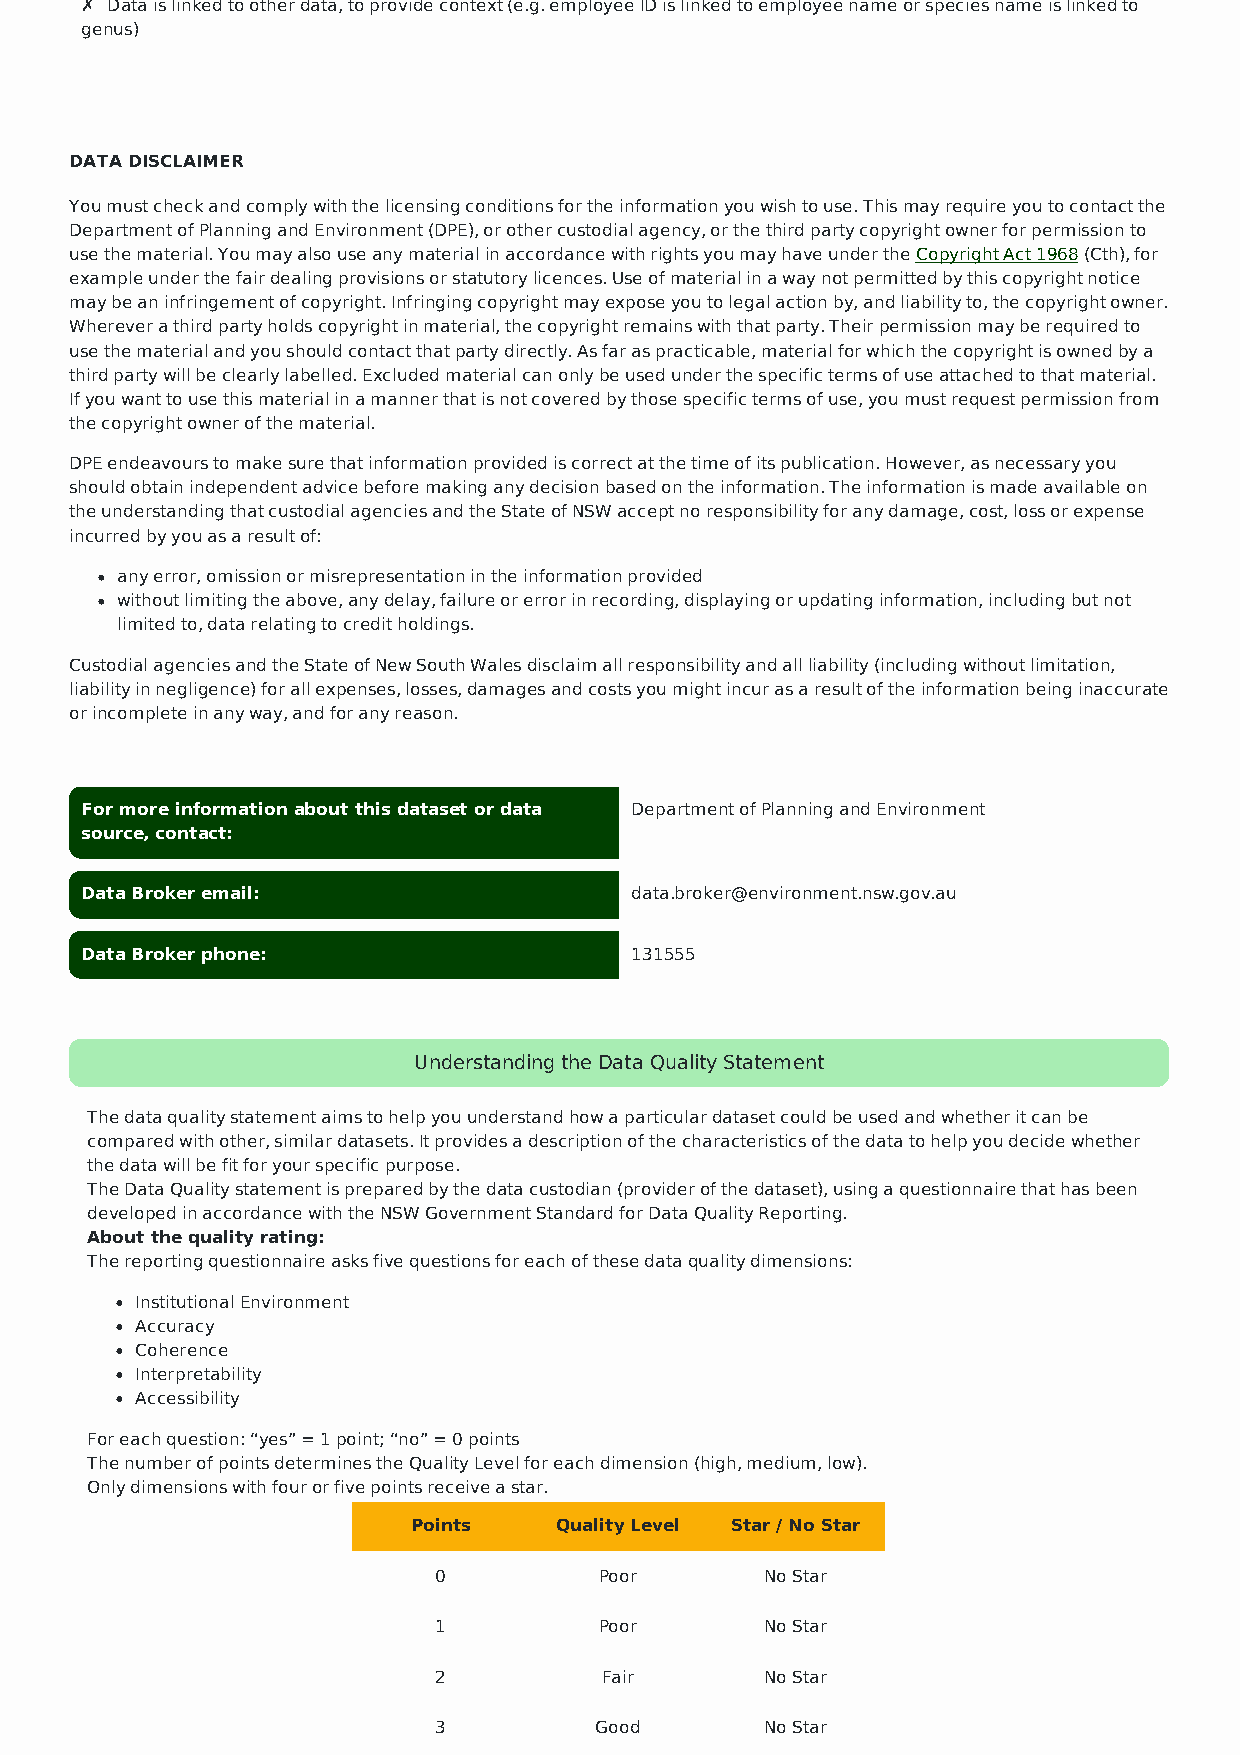
✗ Data is linked to other data, to provide context (e.g. employee ID is linked to employee name or species name is linked to
 genus)
 DATA DISCLAIMER
 You must check and comply with the licensing conditions for the information you wish to use. This may require you to contact the
 Department of Planning and Environment (DPE), or other custodial agency, or the third party copyright owner for permission to
 use the material. You may also use any material in accordance with rights you may have under the Copyright Act 1968 (Cth), for
 example under the fair dealing provisions or statutory licences. Use of material in a way not permitted by this copyright notice
 may be an infringement of copyright. Infringing copyright may expose you to legal action by, and liability to, the copyright owner.
 Wherever a third party holds copyright in material, the copyright remains with that party. Their permission may be required to
 use the material and you should contact that party directly. As far as practicable, material for which the copyright is owned by a
 third party will be clearly labelled. Excluded material can only be used under the specific terms of use attached to that material.
 If you want to use this material in a manner that is not covered by those specific terms of use, you must request permission from
 the copyright owner of the material.
 DPE endeavours to make sure that information provided is correct at the time of its publication. However, as necessary you
 should obtain independent advice before making any decision based on the information. The information is made available on
 the understanding that custodial agencies and the State of NSW accept no responsibility for any damage, cost, loss or expense
 incurred by you as a result of:
 any error, omission or misrepresentation in the information provided
 without limiting the above, any delay, failure or error in recording, displaying or updating information, including but not
 limited to, data relating to credit holdings.
 Custodial agencies and the State of New South Wales disclaim all responsibility and all liability (including without limitation,
 liability in negligence) for all expenses, losses, damages and costs you might incur as a result of the information being inaccurate
 or incomplete in any way, and for any reason.
 For more information about this dataset or data Department of Planning and Environment
 source, contact:
 Data Broker email:                   data.broker@environment.nsw.gov.au
 Data Broker phone:                   131555
 Understanding the Data Quality Statement
 The data quality statement aims to help you understand how a particular dataset could be used and whether it can be
 compared with other, similar datasets. It provides a description of the characteristics of the data to help you decide whether
 the data will be fit for your specific purpose.
 The Data Quality statement is prepared by the data custodian (provider of the dataset), using a questionnaire that has been
 developed in accordance with the NSW Government Standard for Data Quality Reporting.
 About the quality rating:
 The reporting questionnaire asks five questions for each of these data quality dimensions:
 Institutional Environment
 Accuracy
 Coherence
 Interpretability
 Accessibility
 For each question: “yes” = 1 point; “no” = 0 points
 The number of points determines the Quality Level for each dimension (high, medium, low).
 Only dimensions with four or five points receive a star.
 Points    Quality Level Star / No Star
 0          Poor       No Star
 1          Poor       No Star
 2          Fair       No Star
 3         Good        No Star